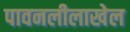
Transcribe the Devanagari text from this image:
पावनलीलाखेल